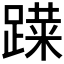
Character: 𰸨